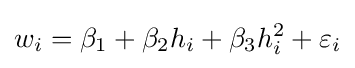
w_{i}=\beta _{1}+\beta _{2}h_{i}+\beta _{3}h_{i}^{2}+\varepsilon _{i}